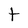
Character: t